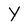
Character: Y